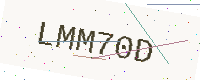
Text: LMM70D